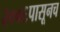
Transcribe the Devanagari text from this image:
२००६पासूनच